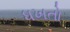
ધખતો